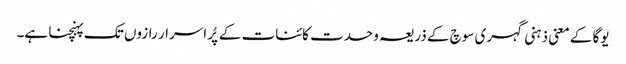
یوگا کے معنی ذہنی گہری سوچ کے ذریعہ وحدت کائنات کے پُر اسرار رازوں تک پہنچنا ہے۔